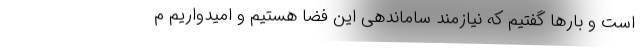
است و بارها گفتیم که نیازمند ساماندهی این فضا هستیم و امیدواریم م